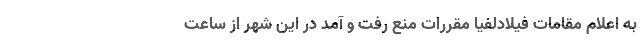
به اعلام مقامات فیلادلفیا مقررات منع رفت و آمد در این شهر از ساعت